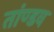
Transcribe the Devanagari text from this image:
तांण्डव